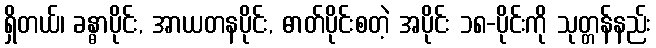
ရှိတယ်၊ ခန္ဓာပိုင်း, အာယတနပိုင်း, ဓာတ်ပိုင်းစတဲ့ အပိုင်း ၁၈-ပိုင်းကို သုတ္တန်နည်း